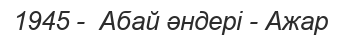
1945 -  Абай әндері - Ажар